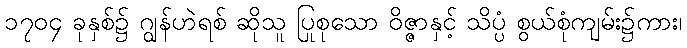
၁၇၀၄ ခုနှစ်၌ ဂျွန်ဟဲရစ် ဆိုသူ ပြုစုသော ဝိဇ္ဇာနှင့် သိပ္ပံ စွယ်စုံကျမ်း၌ကား၊